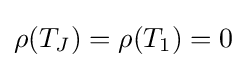
\rho (T_{J})=\rho (T_{1})=0